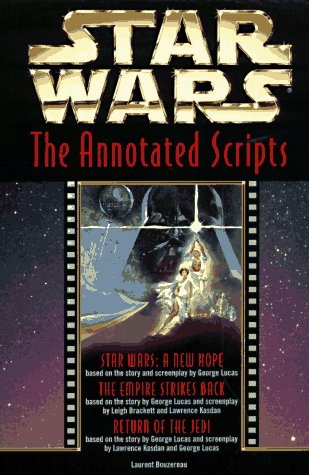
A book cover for Star Wars: The Annotated Screenplays; Laurent Bouzereau; Humor & Entertainment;